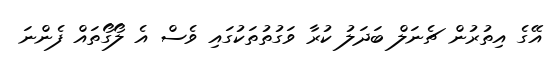
އޭގެ އިތުރުން ޗެނަލް ބަދަލު ކުރާ ވަގުތުތަކުގައި ވެސް އެ ލޯގޯތައް ފެންނަ